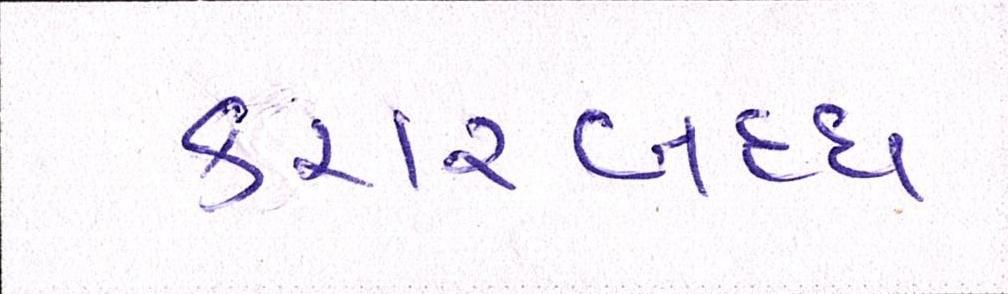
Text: કરારબદ્ધ